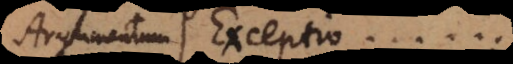
Argumentum Exceptio